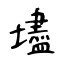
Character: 壗